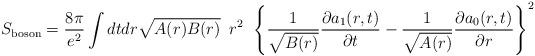
LaTeX: \begin{align*}S_{{\rm boson}}=\frac{8\pi }{e^{2}} \int dt dr \sqrt{A(r)B(r)}\;\:r^{2}\: \: \left \{\frac{1}{\sqrt{B(r)}}\frac{\partial a_{1}(r, t)}{\partial t}-\frac{1}{\sqrt{A(r)}}\frac{\partial a_{0}(r, t)}{\partial r}\right \}^{2}\end{align*}